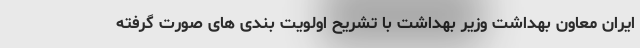
ایران معاون بهداشت وزیر بهداشت با تشریح اولویت بندی های صورت گرفته